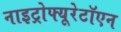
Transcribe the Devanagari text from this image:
नाइट्रोफ्यूरेटॉएन